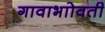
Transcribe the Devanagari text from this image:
गावाभाोवती